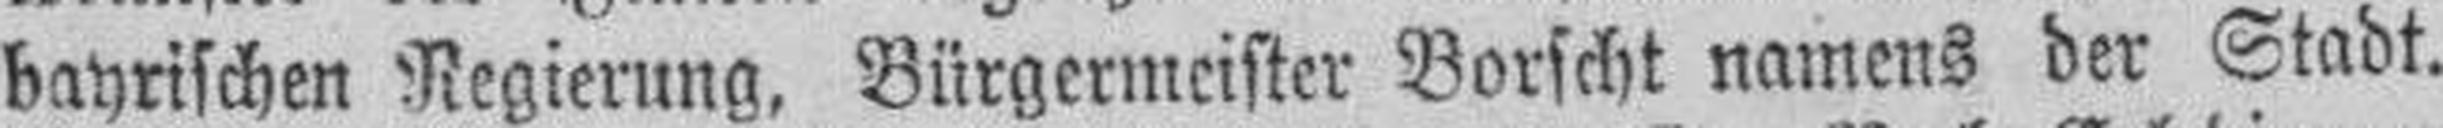
bayrischen Regierung, Bürgermeister Borscht namens der Stadt.